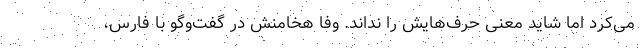
می‌کرد اما شاید معنی حرف‌هایش را نداند. وفا هخامنش در گفت‌وگو با فارس،